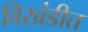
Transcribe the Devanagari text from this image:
विखंडीत